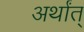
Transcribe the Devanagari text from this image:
अर्थांत्‌